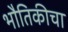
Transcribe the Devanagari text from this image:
भौतिकीचा